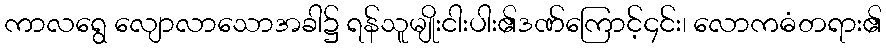
ကာလရွေ လျောလာသောအခါ၌ ရန်သူမျိုးငါးပါး၏ဒဏ်ကြောင့်၄င်း၊ လောကဓံတရား၏